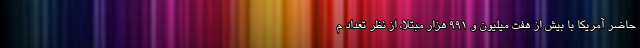
حاضر آمریکا با بیش از هفت میلیون و ۹۹۱ هزار مبتلا، از نظر تعداد م